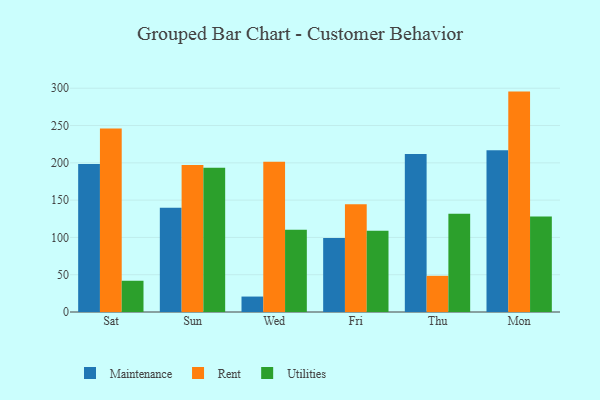
{"axis": {"x": "Day", "y": "Active Users"}, "legend": ["Maintenance", "Rent", "Utilities"], "data": [{"x": "Sat", "y": 198.5, "type": "Maintenance"}, {"x": "Sat", "y": 245.9, "type": "Rent"}, {"x": "Sat", "y": 41.9, "type": "Utilities"}, {"x": "Sun", "y": 139.7, "type": "Maintenance"}, {"x": "Sun", "y": 197.0, "type": "Rent"}, {"x": "Sun", "y": 193.5, "type": "Utilities"}, {"x": "Wed", "y": 20.7, "type": "Maintenance"}, {"x": "Wed", "y": 201.6, "type": "Rent"}, {"x": "Wed", "y": 110.4, "type": "Utilities"}, {"x": "Fri", "y": 99.2, "type": "Maintenance"}, {"x": "Fri", "y": 144.4, "type": "Rent"}, {"x": "Fri", "y": 109.1, "type": "Utilities"}, {"x": "Thu", "y": 212.0, "type": "Maintenance"}, {"x": "Thu", "y": 48.5, "type": "Rent"}, {"x": "Thu", "y": 131.6, "type": "Utilities"}, {"x": "Mon", "y": 216.8, "type": "Maintenance"}, {"x": "Mon", "y": 295.5, "type": "Rent"}, {"x": "Mon", "y": 127.9, "type": "Utilities"}]}